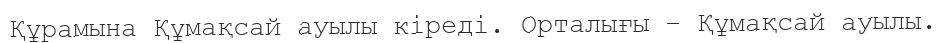
Құрамына Құмақсай ауылы кіреді. Орталығы – Құмақсай ауылы.